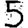
Digit: 5